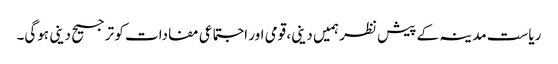
ریاست مدینہ کے پیش نظر ہمیں دینی، قومی اور اجتماعی مفادات کو ترجیح دینی ہوگی۔